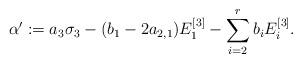
LaTeX: \begin{align*}\alpha ' := a_3\sigma_3 - (b_1 - 2a_{2,1})E_1^{[3]} - \sum_{i=2}^r b_iE_i^{[3]}.\end{align*}